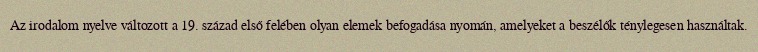
Az irodalom nyelve változott a 19. század első felében olyan elemek befogadása nyomán, amelyeket a beszélők ténylegesen használtak.